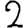
Digit: 2